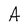
Character: A